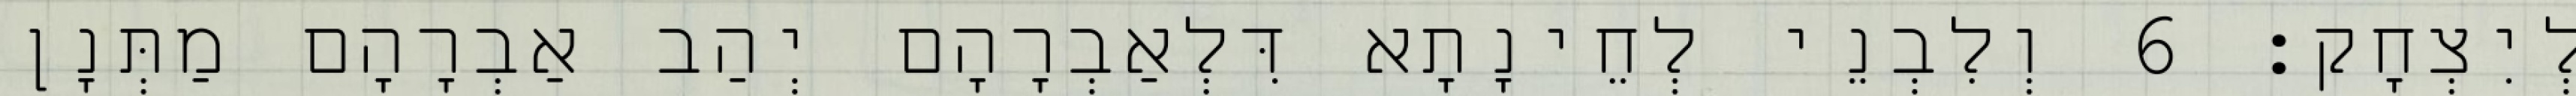
לְיִצְחָק׃ 6 וְלִבְנֵי לְחֵינָתָא דִּלְאַבְרָהָם יְהַב אַבְרָהָם מַתְּנָן